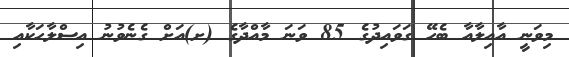
މިވަނީ އާއިލާއާ ބެހޭ ގަވައިދުގެ 85 ވަނަ މާއްދާގެ (ށ)އަށް ގެނެވުނު އިސްލާހަކާއި